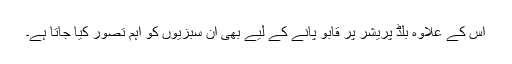
اس کے علاوہ بلڈ پریشر پر قابو پانے کے لیے بھی ان سبزیوں کو اہم تصور کیا جاتا ہے۔